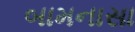
બામનાસા